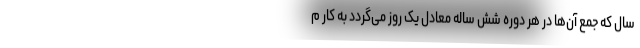
سال که جمع آن‌ها در هر دوره شش ساله معادل یک روز می‌گردد به کار م